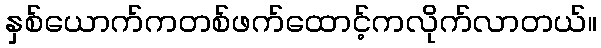
နှစ်ယောက်ကတစ်ဖက်ထောင့်ကလိုက်လာတယ်။